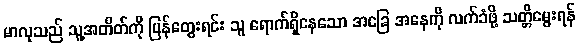
မာလုသည် သူ့အတိတ်ကို ပြန်တွေးရင်း သူ ရောက်ရှိနေသော အခြေ အနေကို လက်ခံဖို့ သတ္တိမွေးရန်